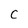
Character: C